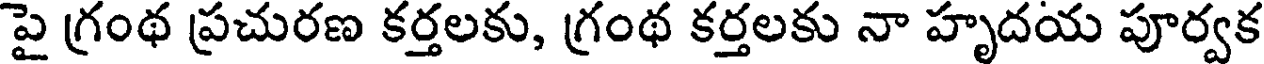
పై గ్రంథ ప్రచురణ కర్తలకు, గ్రంథ కర్తలకు నా హృదయ పూర్వక